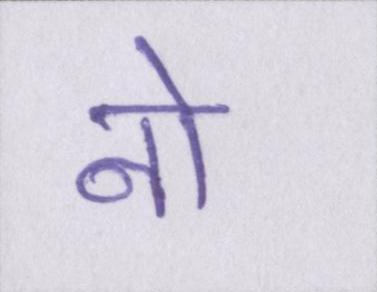
नो